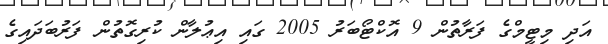
އަދި މިޓީމްގެ ފަރާތުން 9 އޮކްޓޯބަރު 2005 ގައި އިޢުލާން ކުރިގޮތުން ފަރުބަދައިގެ